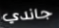
جاندي